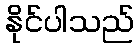
နိုင်ပါသည်